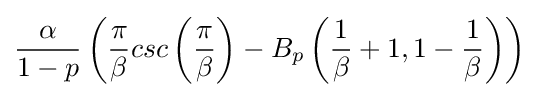
{\frac {\alpha }{1-p}}\left({\frac {\pi }{\beta }}csc\left({\frac {\pi }{\beta }}\right)-B_{p}\left({\frac {1}{\beta }}+1,1-{\frac {1}{\beta }}\right)\right)